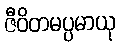
ဇီဝိတမပ္ပမာယု